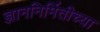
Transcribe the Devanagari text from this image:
ज्ञाननिर्मितीच्या